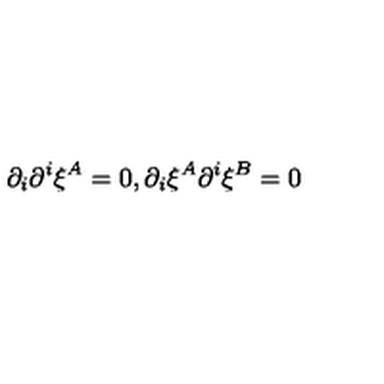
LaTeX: \partial _ { i } \partial ^ { i } \xi ^ { A } = 0 , \partial _ { i } \xi ^ { A } \partial ^ { i } \xi ^ { B } = 0